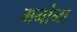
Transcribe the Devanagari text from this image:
मनांना